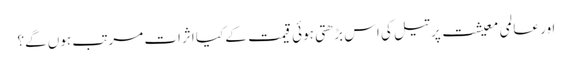
اور عالمی معیشت پر تیل کی اس بڑھتی ہوئی قیمت کے کیا اثرات مرتب ہوں گے؟